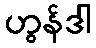
ဟွန်ဒါ